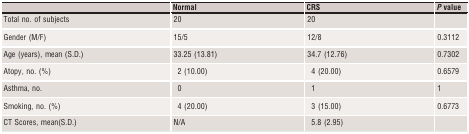
|  | Normal | CRS | P value |
 | --- | --- | --- | --- |
 | Total no. of subjects | 20 | 20 |  |
 | Gender (M/F) | 15/5 | 12/8 | 0.3112 |
 | Age (years), mean (S.D.) | 33.25 (13.81) | 34.7 (12.76) | 0.7302 |
 | Atopy, no. (%) | 2 (10.00) | 4 (20.00) | 0.6579 |
 | Asthma, no. | 0 | 1 | 1 |
 | Smoking, no. (%) | 4 (20.00) | 3 (15.00) | 0.6773 |
 | CT Scores, mean(S.D.) | N/A | 5.8 (2.95) |  |